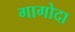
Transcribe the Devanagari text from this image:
गागोदा